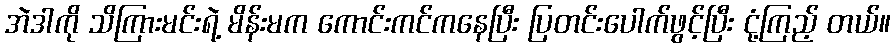
အဲဒါကို သိကြားမင်းရဲ့ မိန်းမက ကောင်းကင်ကနေပြီး ပြတင်းပေါက်ဖွင့်ပြီး ငုံ့ကြည့် တယ်။